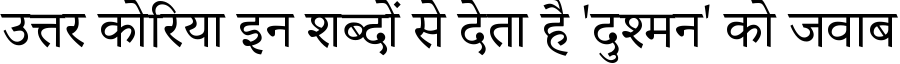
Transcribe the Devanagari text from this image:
उत्तर कोरिया इन शब्दों से देता है 'दुश्मन' को जवाब